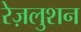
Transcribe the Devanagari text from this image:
रेज़लुशन